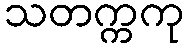
သတက္ကကု